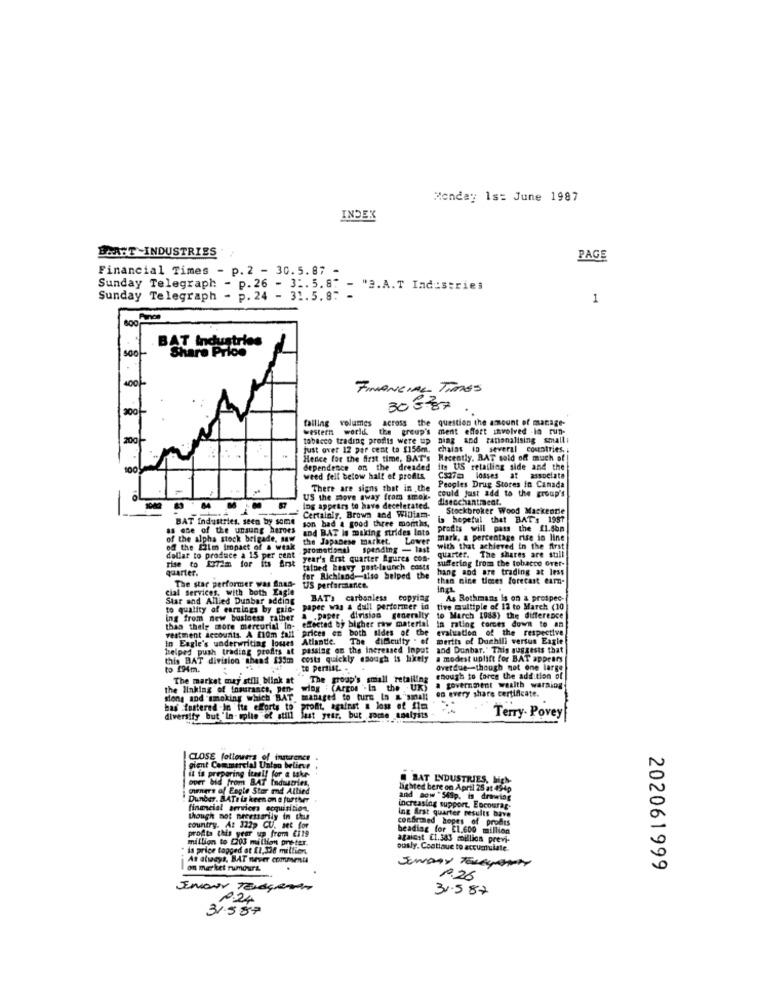
Monday 1st June 1987
INDEX
BOAHT -INDUSTRIES
PAGE
Financial Times - p. 2 - 30.5.87 -
Sunday Telegraph - p. 26 - 3 :. 5. 8" - "2.A.T Industries
Sunday Telegraph - p. 24 - 31.5.8: -
1
BAT Industries
Share Price
FINANCIAL TIMES
300
303.87
failing volumes across the question the amount of manage-
western world. the group's ment effort involved -lo run-
tobacco trading profis were up ning and rationalising smalli
tust over 12 per cent to $156m.
chaias in several countries, ;
Hence for the first time, BAT's Recently, RAT sold off much of
100!
dependence on the dreaded
its US retailing side and the
weed fell below half of profits
CS27m losses at associate
There are signs that in the
Peoples Drug Stores in Canada
-
OL
US the move away from smok.
disecchantiaest.
could just add to the group's
-
87
Ing appears to have decelerated.
Stockbroker Wood Mackenzie
BAT Industries, seen by some
son had a good three months,
Certainly, Brown and William-
is hopeful that BAT's 1981
as one of the unsung heroes
and BAT Is making strides Ints
profits will pass the f1.5bn
of the alpha stock brigade, saw
the Japanese market. Lower
mark, a percentage rise in line
of the 22im Impact of a weak
promotional spending - last
with that achieved in the first
rise to 172m for its Brst
dollar to produce a 15 per cent
year's Erst quarter Agures con-
quarter. The shares are still
suffering from the tobacco over-
quarter.
talned heavy post-launch costs
hang and are trading at less
The star performer was Anas-
for Richland-also Helped the
then nice times forecast earn-
cial Services, with both Eagle
US perfarelanice.
Incl.
Star and Allied Dunbar adding
BAT's carbonless copying
As Rothmans Is on & prospec-
to quality of earnings by gaid-
paper was a dull performer in
tive multiple of 12 to March (10
ing from new business rather
.paper. division generally
effected by bigher raw material
im rating comes down to an
to March 1983) the difference
vestment accounts. A Eldm fall prices on both sides of the
thas their more mercurial in-
evaluation of the respective
In Eagle's underwriting losses
The dificulty . of
Berths of Dunhill versus Eagle
helped push trading profits at
passing on the increased Input
and Dunbar." This suggests that
this BAT division thead 135m costs quickly enough is likely
a modest uplift for BAT appears
to IHm.
to Persist. +
overdue-though not one large
The market may still blink at
The group's small retailing enough to force the addition of
the linking of Insurance, pen- wing : (Argos . la the UK)
on every share certificate.
a government wasith warning
song and 'smoking which BAT managed to turn In a small
bas fostered -In its efforts to
profit, against a los of fim
diversify but "In- splie of still
last year, but some analysts
Terry- Povey
CLOSE followers of insurance
it is preparing tesal! for a take-
giant Commercial Union believe
bid from BAT Industries,
BAT INDUSTRIES, high-
hener's of Eagle Stor md Allied
lighted bere on April 25 at 494p
Dunber. BATe is keen on & further
and now "549p. is drawing
financial arvion acquisition
increasing support. Encourag-
ing Arst quarter results bave
though not necessarily in this
confirmed hopes of profis
country. At 322p CU. set for
profta this year up from Ei19
beading for £1,600 million
million to 0203 million preter.
agaicat £1.383 million previ-
is price topped at 11,326 million
ously. Continue to accumulate.
As always, BAT never comesenil
on market rumours.
202061999
1.26
31.587
2.24
31.587